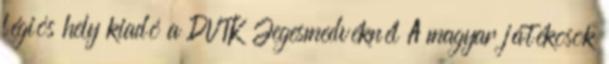
légiós hely kiadó a DVTK Jegesmedvéknél A magyar játékosok